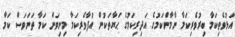
އަޅުވެތިކަމާ ބިރުވެރިކަމާ ނާމާންކަމުގެ އަދިރިކަމުގެ ޙަޔާތަކުން އުފާވެރިކަމާ މިނިވަން ކަމާ ތަނަވަސް ކަމާ